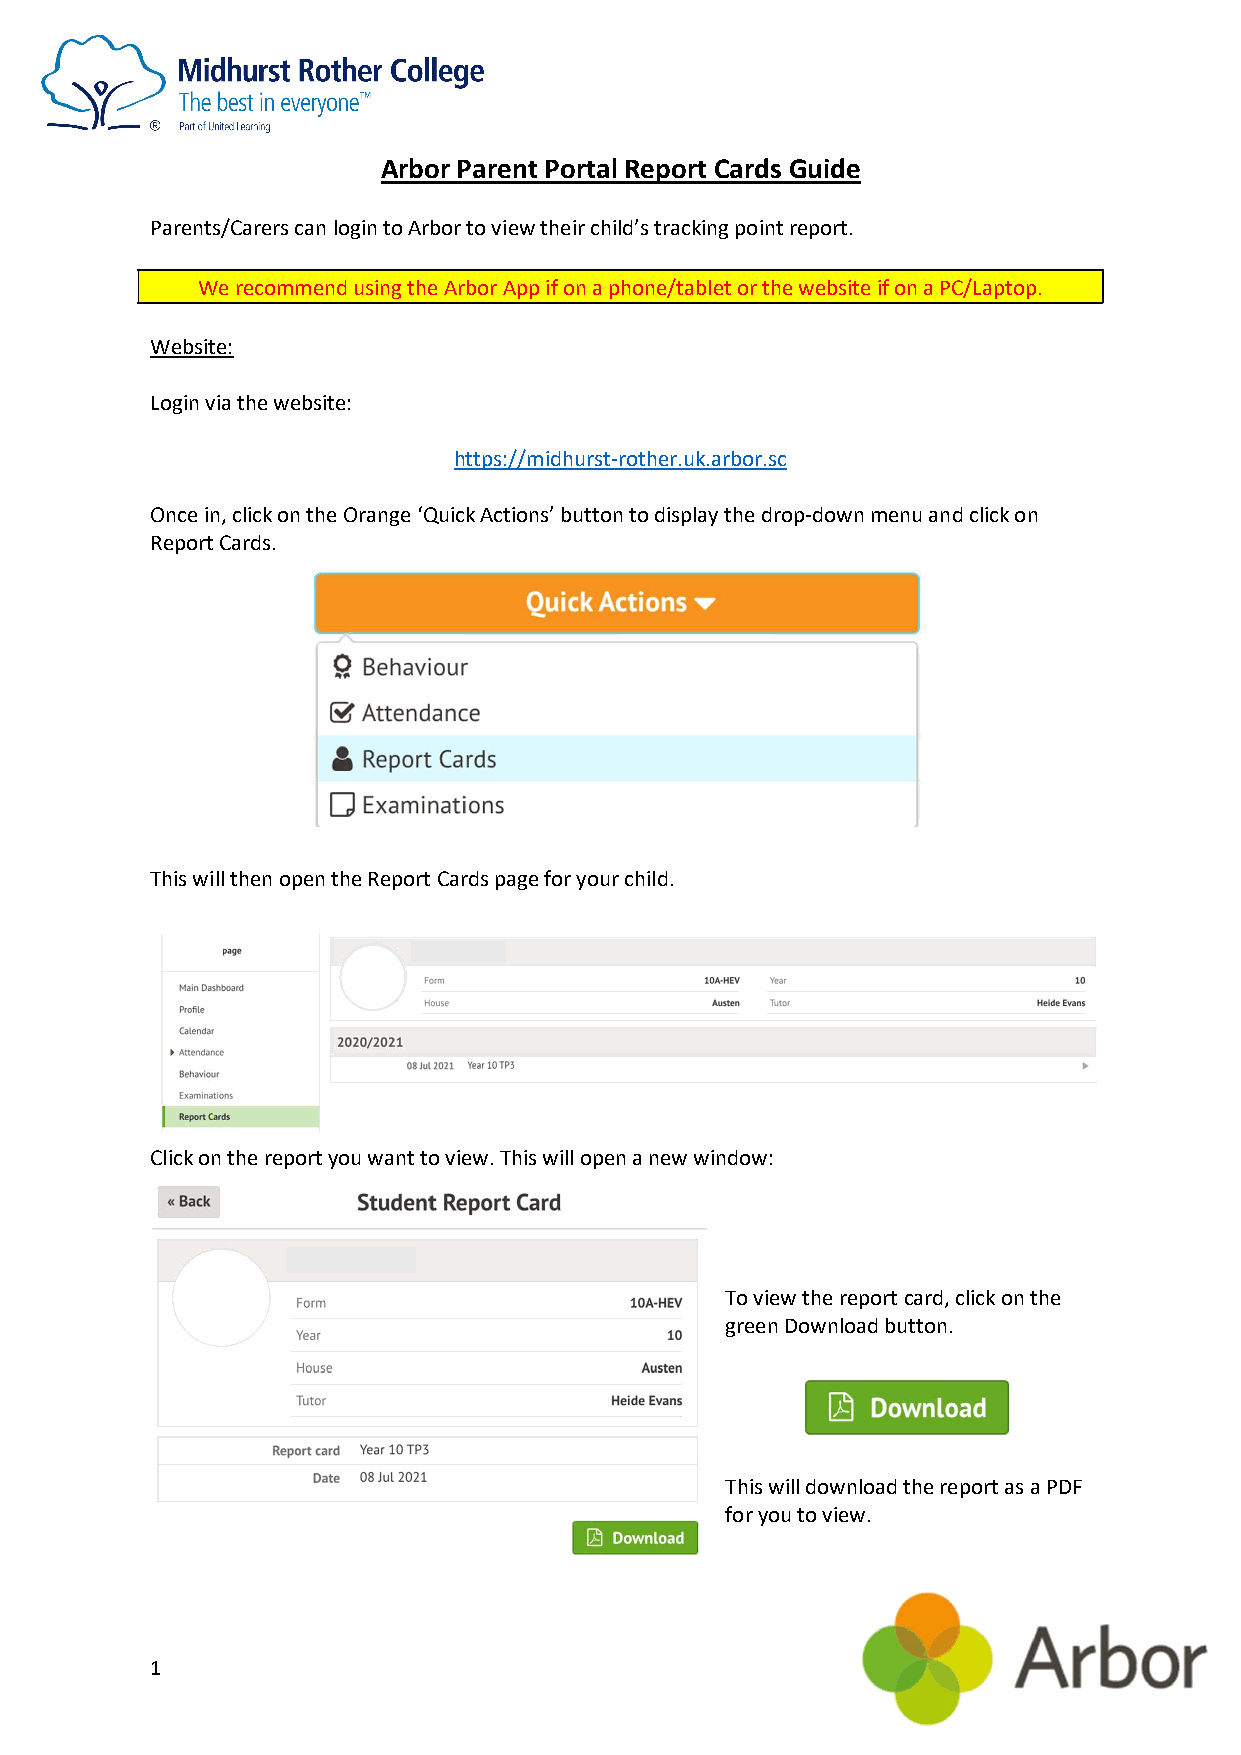
Arbor Parent Portal Report Cards Guide
 Parents/Carers can login to Arbor to view their child’s tracking point report.
 We recommend using the Arbor App if on a phone/tablet or the website if on a PC/Laptop.
 Website:
 Login via the website:
 https://midhurst-rother.uk.arbor.sc
 Once in, click on the Orange ‘Quick Actions’ button to display the drop-down menu and click on
 Report Cards.
 This will then open the Report Cards page for your child.
 Click on the report you want to view. This will open a new window:
 To view the report card, click on the
 green Download button.
 This will download the report as a PDF
 for you to view.
 1